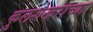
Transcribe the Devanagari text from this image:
कुलशेखराच्या